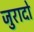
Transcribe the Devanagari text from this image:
जुरादो